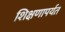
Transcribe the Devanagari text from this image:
शिक्षणापर्यत